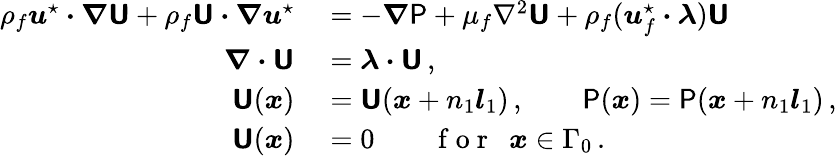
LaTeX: \begin{array}{rl}{\rho_{f}\boldsymbol{u}^{\star}\boldsymbol{\cdot}\boldsymbol{\nabla}\boldsymbol{\mathsf{U}}+\rho_{f}\boldsymbol{\mathsf{U}}\boldsymbol{\cdot}\boldsymbol{\nabla}\boldsymbol{u}^{\star}}&{{}=-\boldsymbol{\nabla}\mathsf{P}+\mu_{f}\nabla^{2}\boldsymbol{\mathsf{U}}+\rho_{f}(\boldsymbol{u}_{f}^{\star}\boldsymbol{\cdot}\boldsymbol{\lambda})\boldsymbol{\mathsf{U}}}\\ {\boldsymbol{\nabla}\boldsymbol{\cdot}\boldsymbol{\mathsf{U}}}&{{}=\boldsymbol{\lambda}\boldsymbol{\cdot}\boldsymbol{\mathsf{U}}\, ,}\\ {\boldsymbol{\mathsf{U}}(\boldsymbol{x})}&{{}=\boldsymbol{\mathsf{U}}(\boldsymbol{x}+n_{1}\boldsymbol{l}_{1})\, ,\qquad\mathsf{P}(\boldsymbol{x})=\mathsf{P}(\boldsymbol{x}+n_{1}\boldsymbol{l}_{1})\, ,}\\ {\boldsymbol{\mathsf{U}}(\boldsymbol{x})}&{{}=0\qquad\mathrm{~f~o~r~}~~\boldsymbol{x}\in\Gamma_{0}\, .}\end{array}